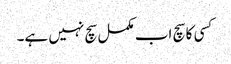
کسی کا سچ اب مکمل سچ نہیں ہے۔